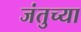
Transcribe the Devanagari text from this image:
जंतुच्या